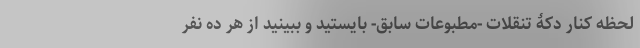
لحظه کنار دکۀ تنقلات -مطبوعات سابق- بایستید و ببینید از هر ده نفر